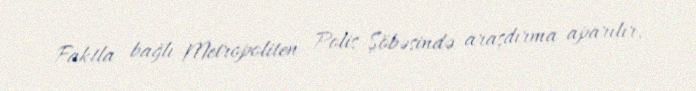
Faktla bağlı Metropoliten Polis Şöbəsində araşdırma aparılır.